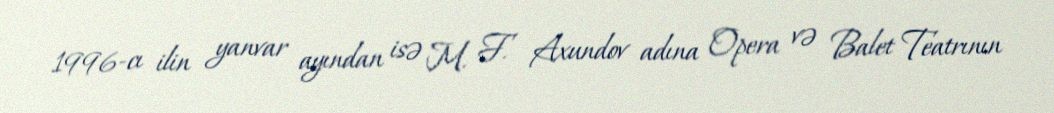
1996-cı ilin yanvar ayından isə M. F. Axundov adına Opera və Balet Teatrının